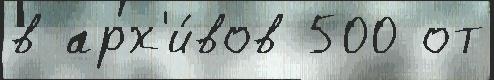
в арх'и́вов 500 от